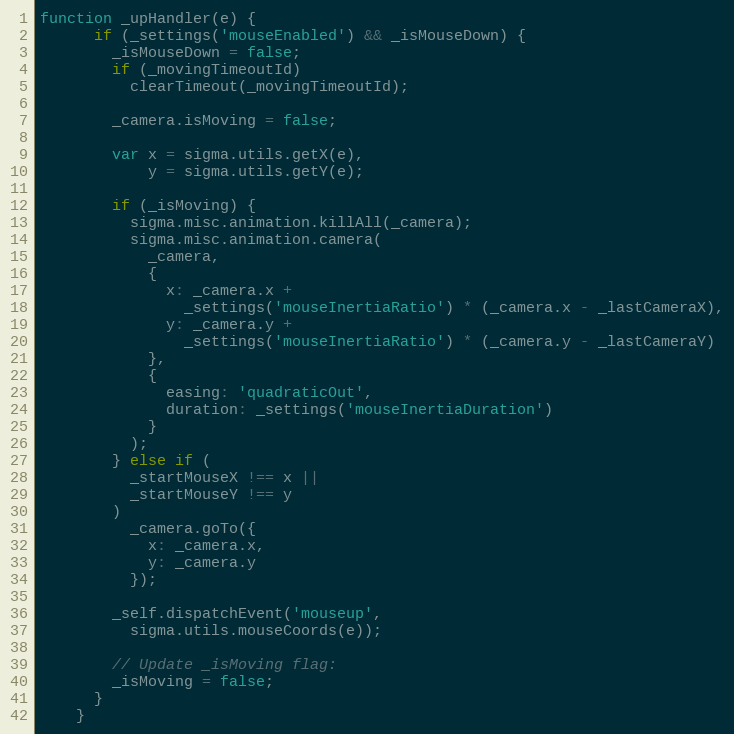
Language: JavaScript
function _upHandler(e) {
      if (_settings('mouseEnabled') && _isMouseDown) {
        _isMouseDown = false;
        if (_movingTimeoutId)
          clearTimeout(_movingTimeoutId);

        _camera.isMoving = false;

        var x = sigma.utils.getX(e),
            y = sigma.utils.getY(e);

        if (_isMoving) {
          sigma.misc.animation.killAll(_camera);
          sigma.misc.animation.camera(
            _camera,
            {
              x: _camera.x +
                _settings('mouseInertiaRatio') * (_camera.x - _lastCameraX),
              y: _camera.y +
                _settings('mouseInertiaRatio') * (_camera.y - _lastCameraY)
            },
            {
              easing: 'quadraticOut',
              duration: _settings('mouseInertiaDuration')
            }
          );
        } else if (
          _startMouseX !== x ||
          _startMouseY !== y
        )
          _camera.goTo({
            x: _camera.x,
            y: _camera.y
          });

        _self.dispatchEvent('mouseup',
          sigma.utils.mouseCoords(e));

        // Update _isMoving flag:
        _isMoving = false;
      }
    }